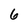
Character: 6